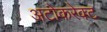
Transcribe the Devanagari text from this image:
अटोकरेक्ट